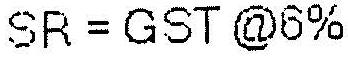
SR = GST @6%